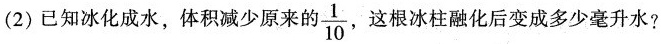
(2)已知冰化成水，体积减少原来的 $$\frac{1}{10}$$ ，这根冰柱融化后变成多少毫升水?